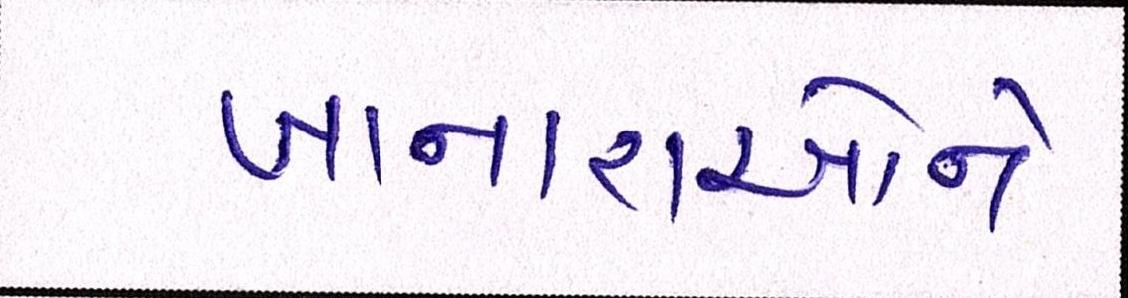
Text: ખાનારાઓને